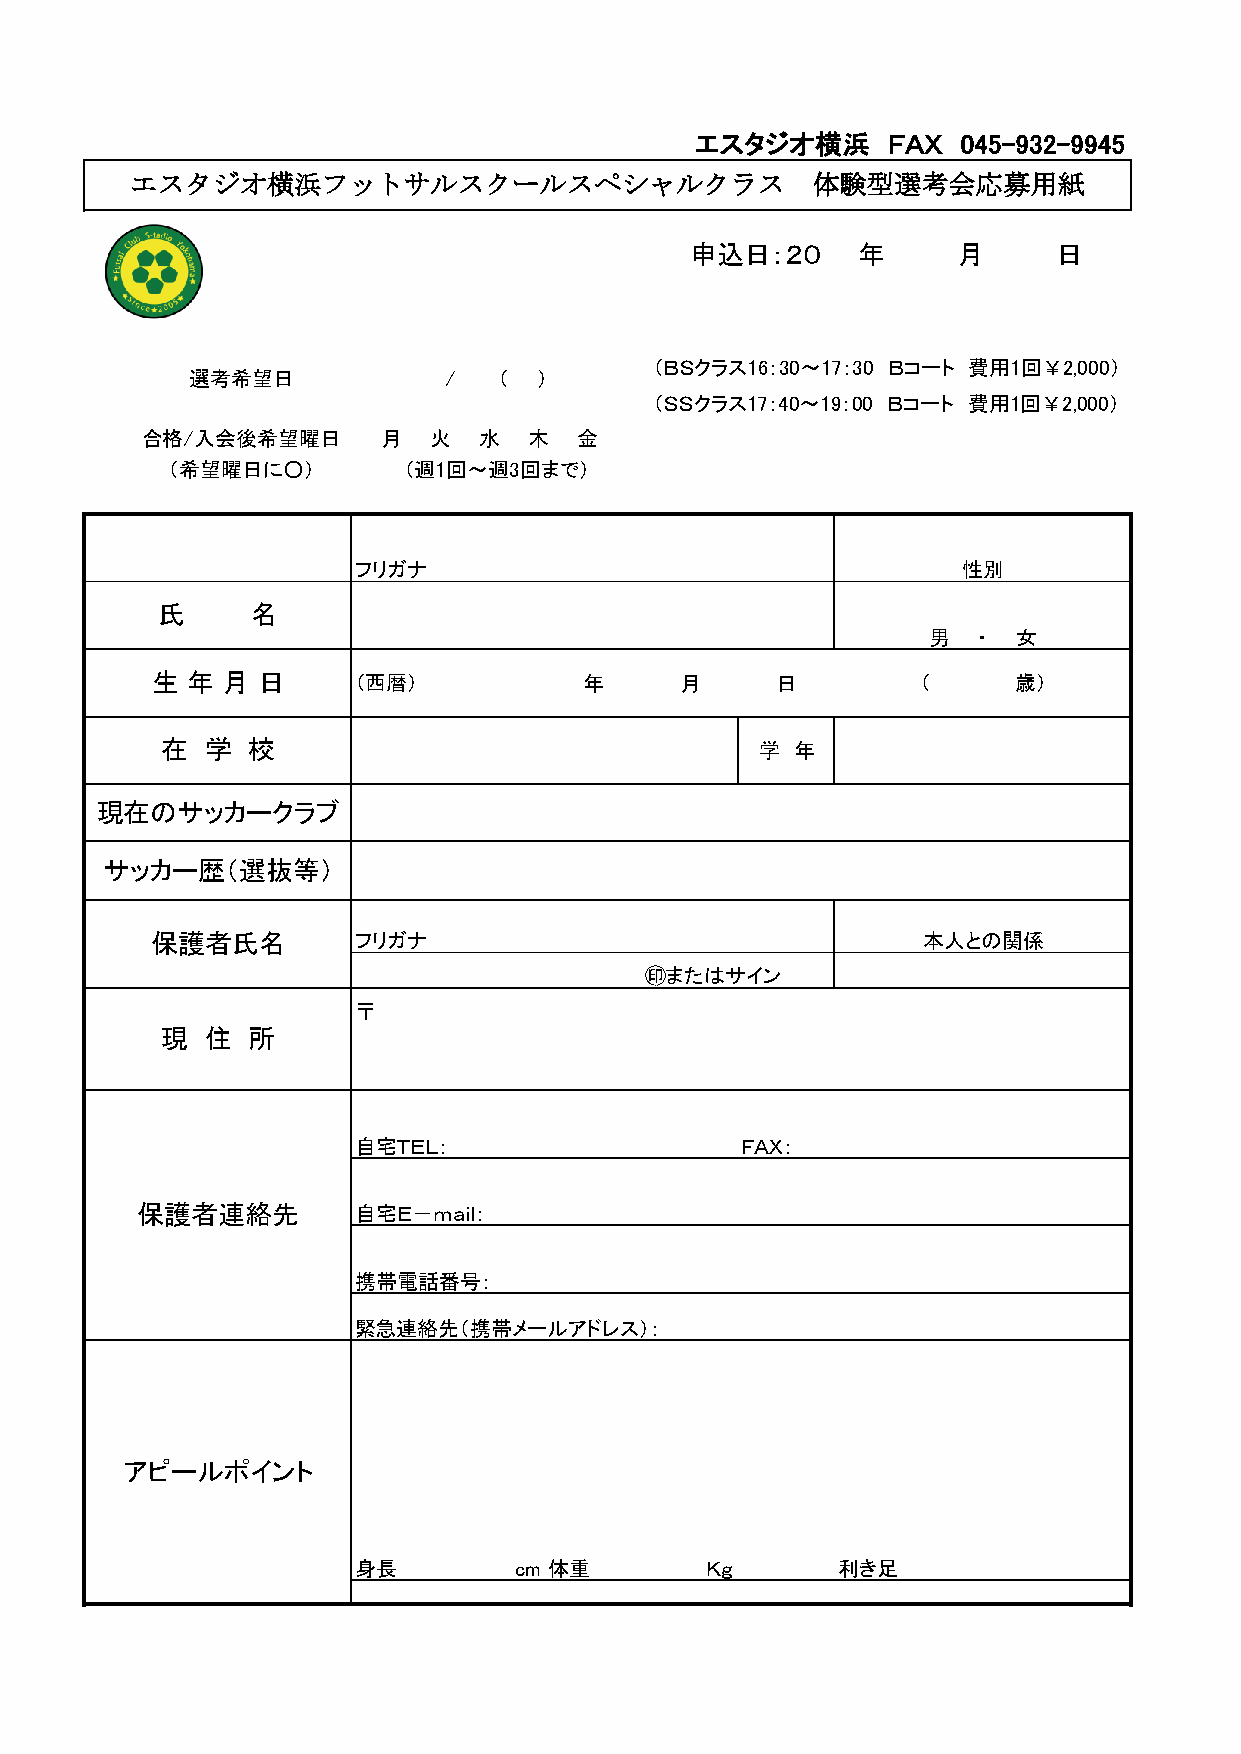
エスタジオ横浜      ＦＡＸ  045-932-9945
 エスタジオ横浜フットサルスクールスペシャルクラス                     体験型選考会応募用紙
 申込日：２０     年     月      日
 （ＢＳクラス16：30～17：30 Ｂコート 費用1回￥2,000）
 選考希望日             /  （  ）
 （ＳＳクラス17：40～19：00 Ｂコート 費用1回￥2,000）
 合格/入会後希望曜日      月  火   水  木  金
 （希望曜日に○）        （週1回～週3回まで）
 フリガナ                                     性別
 氏      名
 男   ・ 女
 生 年  月 日     （西暦）            年     月     日         （     歳）
 在  学 校                                 学  年
 現在のサッカークラブ
 サッカー歴（選抜等）
 保護者氏名        フリガナ                                  本人との関係
 ㊞またはサイン
 〒
 現  住 所
 自宅ＴＥＬ：                    ＦＡＸ：
 保護者連絡先        自宅Ｅ－ｍａｉｌ：
 携帯電話番号：
 緊急連絡先（携帯メールアドレス）：
 アピールポイント
 身長         cm 体重        Ｋｇ      利き足